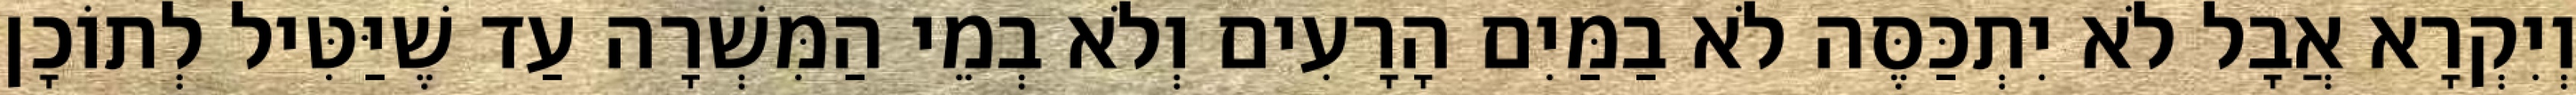
וְיִקְרָא אֲבָל לֹא יִתְכַּסֶּה לֹא בַמַּיִם הָרָעִים וְלֹא בְמֵי הַמִּשְׁרָה עַד שֶׁיַּטִּיל לְתוֹכָן